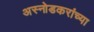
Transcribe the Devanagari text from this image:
अस्नोडकरांच्या